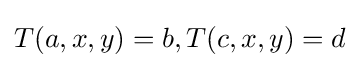
T(a,x,y)=b,T(c,x,y)=d